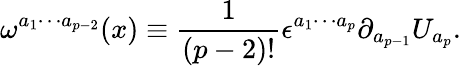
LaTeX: \omega^{a_{1}\cdots a_{p-2}}(x)\equiv\frac{1}{(p-2)!}\epsilon^{a_{1}\cdots a_{p}}\partial_{a_{p-1}}U_{a_{p}}.